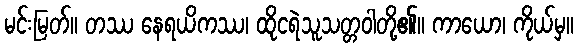
မင်းမြတ်။ တဿ နေရယိကဿ၊ ထိုငရဲသူသတ္တဝါတို့၏။ ကာယော၊ ကိုယ်မှ။